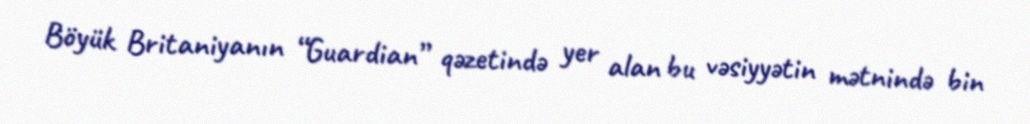
Böyük Britaniyanın “Guardian” qəzetində yer alan bu vəsiyyətin mətnində bin